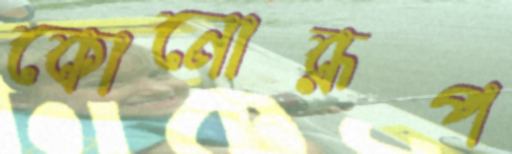
কোনোরূপ